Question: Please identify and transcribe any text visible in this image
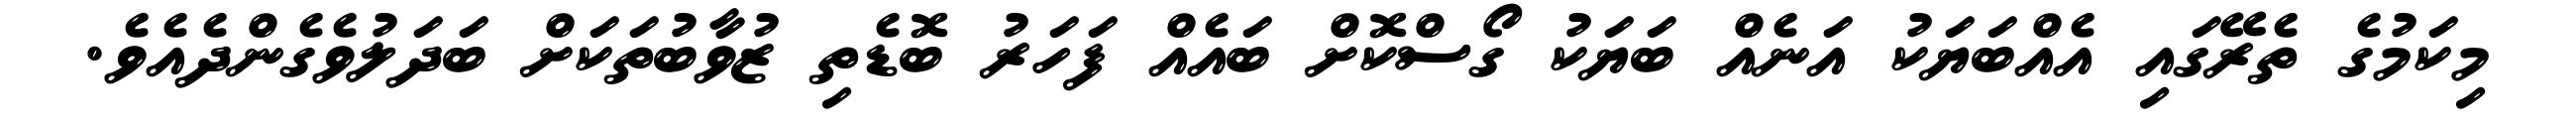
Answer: މިކަމުގެ ތެރޭގައި އެއްބަޔަކު އަނެއް ބަޔަކު ގޯސްކޮށް ބައެއް ފަހަރު ބޮޑެތި ޒުވާބުތަކަށް ބަދަލުވެގެންދެއެވެ.